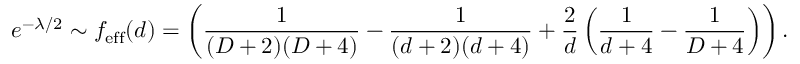
e ^ { - \lambda / 2 } \sim f _ { \mathrm { e f f } } ( d ) = \left( { \frac { 1 } { ( D + 2 ) ( D + 4 ) } } - { \frac { 1 } { ( d + 2 ) ( d + 4 ) } } + { \frac { 2 } { d } } \left( { \frac { 1 } { d + 4 } } - { \frac { 1 } { D + 4 } } \right) \right) .